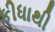
કીધાથી